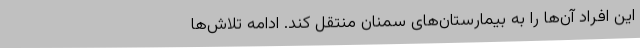
این افراد آن‌ها را به بیمارستان‌های سمنان منتقل کند. ادامه تلاش‌ها